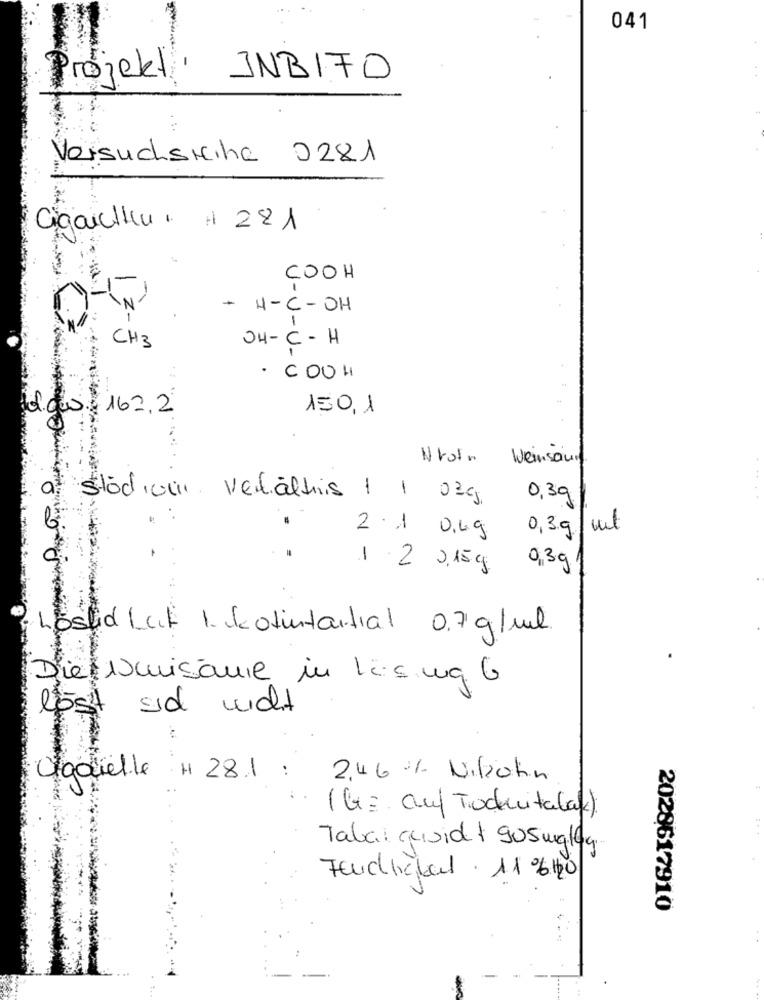
041
Projekt INB170
Versuchsiciha 0281
Cigaretin. : 281
COOH
N'
+ H-C-OH
OH-C -H
CH3
. COOH
diew. 162.2
150,1
NYon Weinsour
studium verhältnis 1 1 03g
0,3g
0,3g /ml
0,4g
-
2 0,15g
0,3g
Lostid Luit 1. Kotintartal 0.7 g/ml
Die Imisanie in Les ma G
löst sid nicht
Ogarielle # 28.1 :
2,46 % Nikrohn
( G= auf Trochutabak)
Tabal quoidet 905mg/kg.
Fenchelal . 11 %120
2028617910